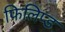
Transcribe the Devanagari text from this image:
फिलिप्ड